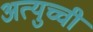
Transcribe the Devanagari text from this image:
अत्युच्ची